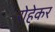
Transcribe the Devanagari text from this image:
रोहेकर